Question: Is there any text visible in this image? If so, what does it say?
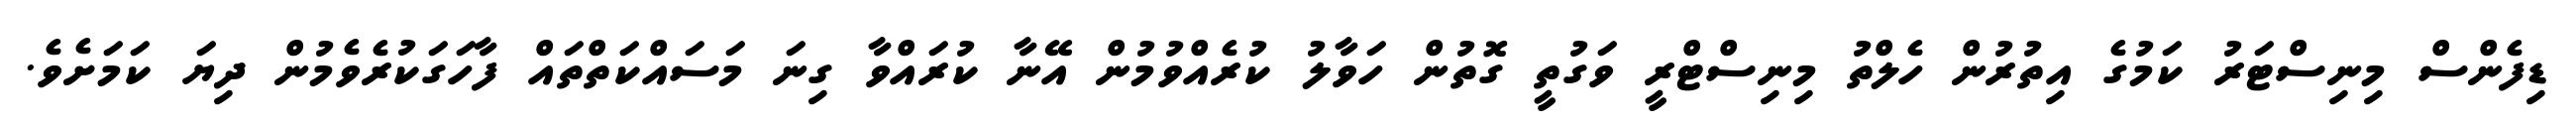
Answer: ޑިފެންސް މިނިސްޓަރު ކަމުގެ އިތުރުން ހެލްތު މިނިސްޓްރީ ވަގުތީ ގޮތުން ހަވާލު ކުރެއްވުމުން އޭނާ ކުރައްވާ ގިނަ މަސައްކަތްތައް ފާހަގަކުރެވެމުން ދިޔަ ކަމަށެވެ.